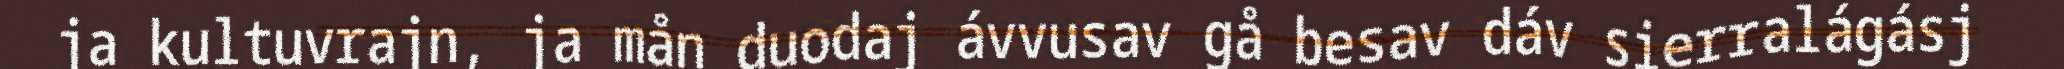
ja kultuvrajn, ja mån duodaj ávvusav gå besav dáv sierralágásj